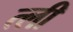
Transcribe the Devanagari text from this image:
त्ली